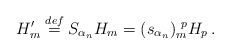
\begin{align*} H_m^\prime\stackrel{def}{=}S_{\alpha_n}H_m=(s_{\alpha_n})_m^{~p}H_p\, .\end{align*}